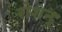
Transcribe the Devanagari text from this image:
रोशन्